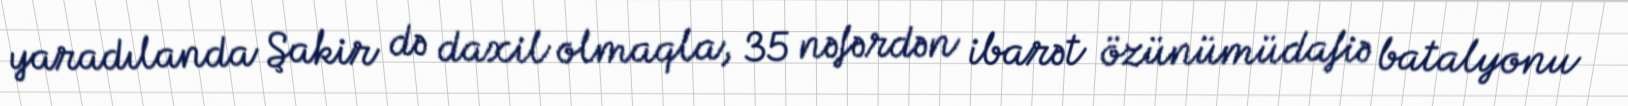
yaradılanda Şakir də daxil olmaqla, 35 nəfərdən ibarət özünümüdafiə batalyonu